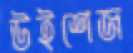
উইশেজ